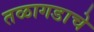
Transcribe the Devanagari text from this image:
तळागडाचे